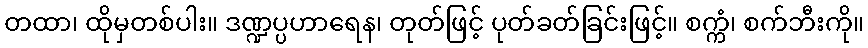
တထာ၊ ထိုမှတစ်ပါး။ ဒဏ္ဍပ္ပဟာရေန၊ တုတ်ဖြင့် ပုတ်ခတ်ခြင်းဖြင့်။ စက္ကံ၊ စက်ဘီးကို။